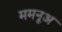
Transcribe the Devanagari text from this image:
ममनूअ